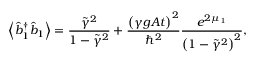
\left\langle \hat { b } _ { 1 } ^ { \dagger } \hat { b } _ { 1 } \right\rangle = \frac { \tilde { \gamma } ^ { 2 } } { 1 - \tilde { \gamma } ^ { 2 } } + \frac { \left( \gamma g A t \right) ^ { 2 } } { \hslash ^ { 2 } } \frac { e ^ { 2 \mu _ { 1 } } } { \left( 1 - \tilde { \gamma } ^ { 2 } \right) ^ { 2 } } ,